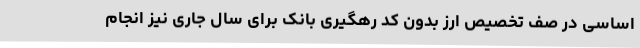
اساسی در صف تخصیص ارز بدون کد رهگیری بانک برای سال جاری نیز انجام